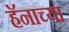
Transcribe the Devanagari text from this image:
हॅनाच्या